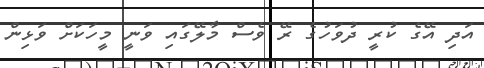
އަދި އޭގެ ކުރީ ދުވަހުގެ ރޭ ވެސް މާލޭގައި ވަނީ މީހަކަށް ވަޅިން